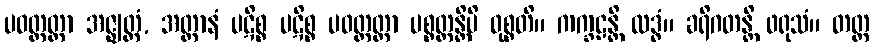
ပဝတ္တတ္တာ အဇ္ဈတ္တံ, အတ္တာနံ ပဋိစ္စ ပဋိစ္စ ပဝတ္တတ္တာ ပစ္စတ္တန္တိပိ ဝုစ္စတိ။ ကက္ခဠန္တိ ထဒ္ဓံ။ ခရိဂတန္တိ ဖရုသံ။ တတ္ထ